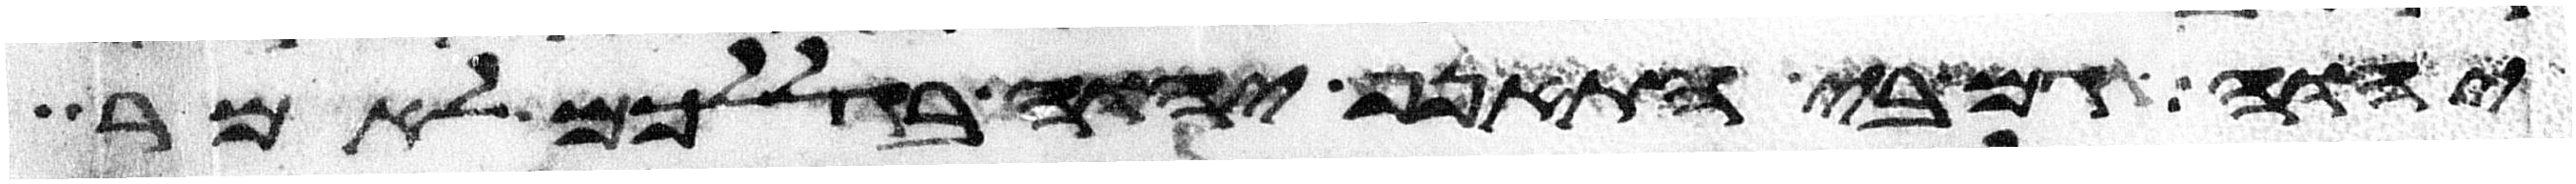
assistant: יהוה גם בי התאנף יהוה בגללכם לאמר